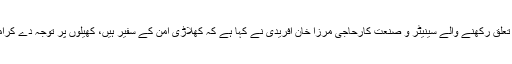
09 دسمبر2018ء) فاٹا سے تعلق رکھنے والے سینیٹر و صنعت کارحاجی مرزا خان آفریدی نے کہا ہے کہ کھلاڑی امن کے سفیر ہیں، کھیلوں پر توجہ دے کرامن کو فروغ دیا جا سکتا ہے ۔